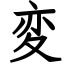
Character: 変